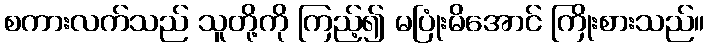
စကားလက်သည် သူတို့ကို ကြည့်၍ မပြုံးမိအောင် ကြိုးစားသည်။